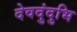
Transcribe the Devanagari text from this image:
देवदुंदुभि